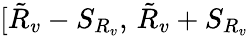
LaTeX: [\tilde{R}_{v}-S_{R_{v}},\, \tilde{R}_{v}+S_{R_{v}}